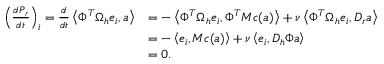
\begin{array} { r l } { \left( \frac { d \boldsymbol { P } _ { r } } { d t } \right) _ { i } = \frac { d } { d t } \left< \Phi ^ { T } \Omega _ { h } \boldsymbol { e } _ { i } , \boldsymbol { a } \right> } & { = - \left< \Phi ^ { T } \Omega _ { h } \boldsymbol { e } _ { i } , \Phi ^ { T } M \boldsymbol { c } ( \boldsymbol { a } ) \right> + \nu \left< \Phi ^ { T } \Omega _ { h } \boldsymbol { e } _ { i } , D _ { r } \boldsymbol { a } \right> } \\ & { = - \left< \boldsymbol { e } _ { i } , M \boldsymbol { c } ( \boldsymbol { a } ) \right> + \nu \left< \boldsymbol { e } _ { i } , D _ { h } \Phi \boldsymbol { a } \right> } \\ & { = 0 . } \end{array}